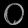
Digit: ၀